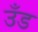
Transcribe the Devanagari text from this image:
उँड